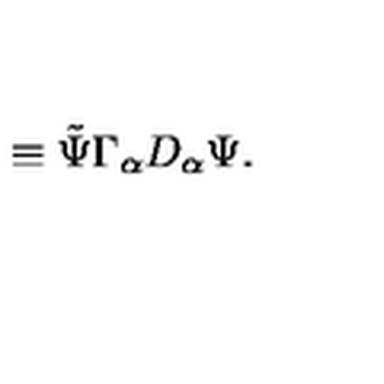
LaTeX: \equiv { \tilde { \Psi } } \Gamma _ { \alpha } D _ { \alpha } \Psi .